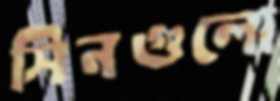
সিনগুলো